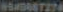
WSS7274